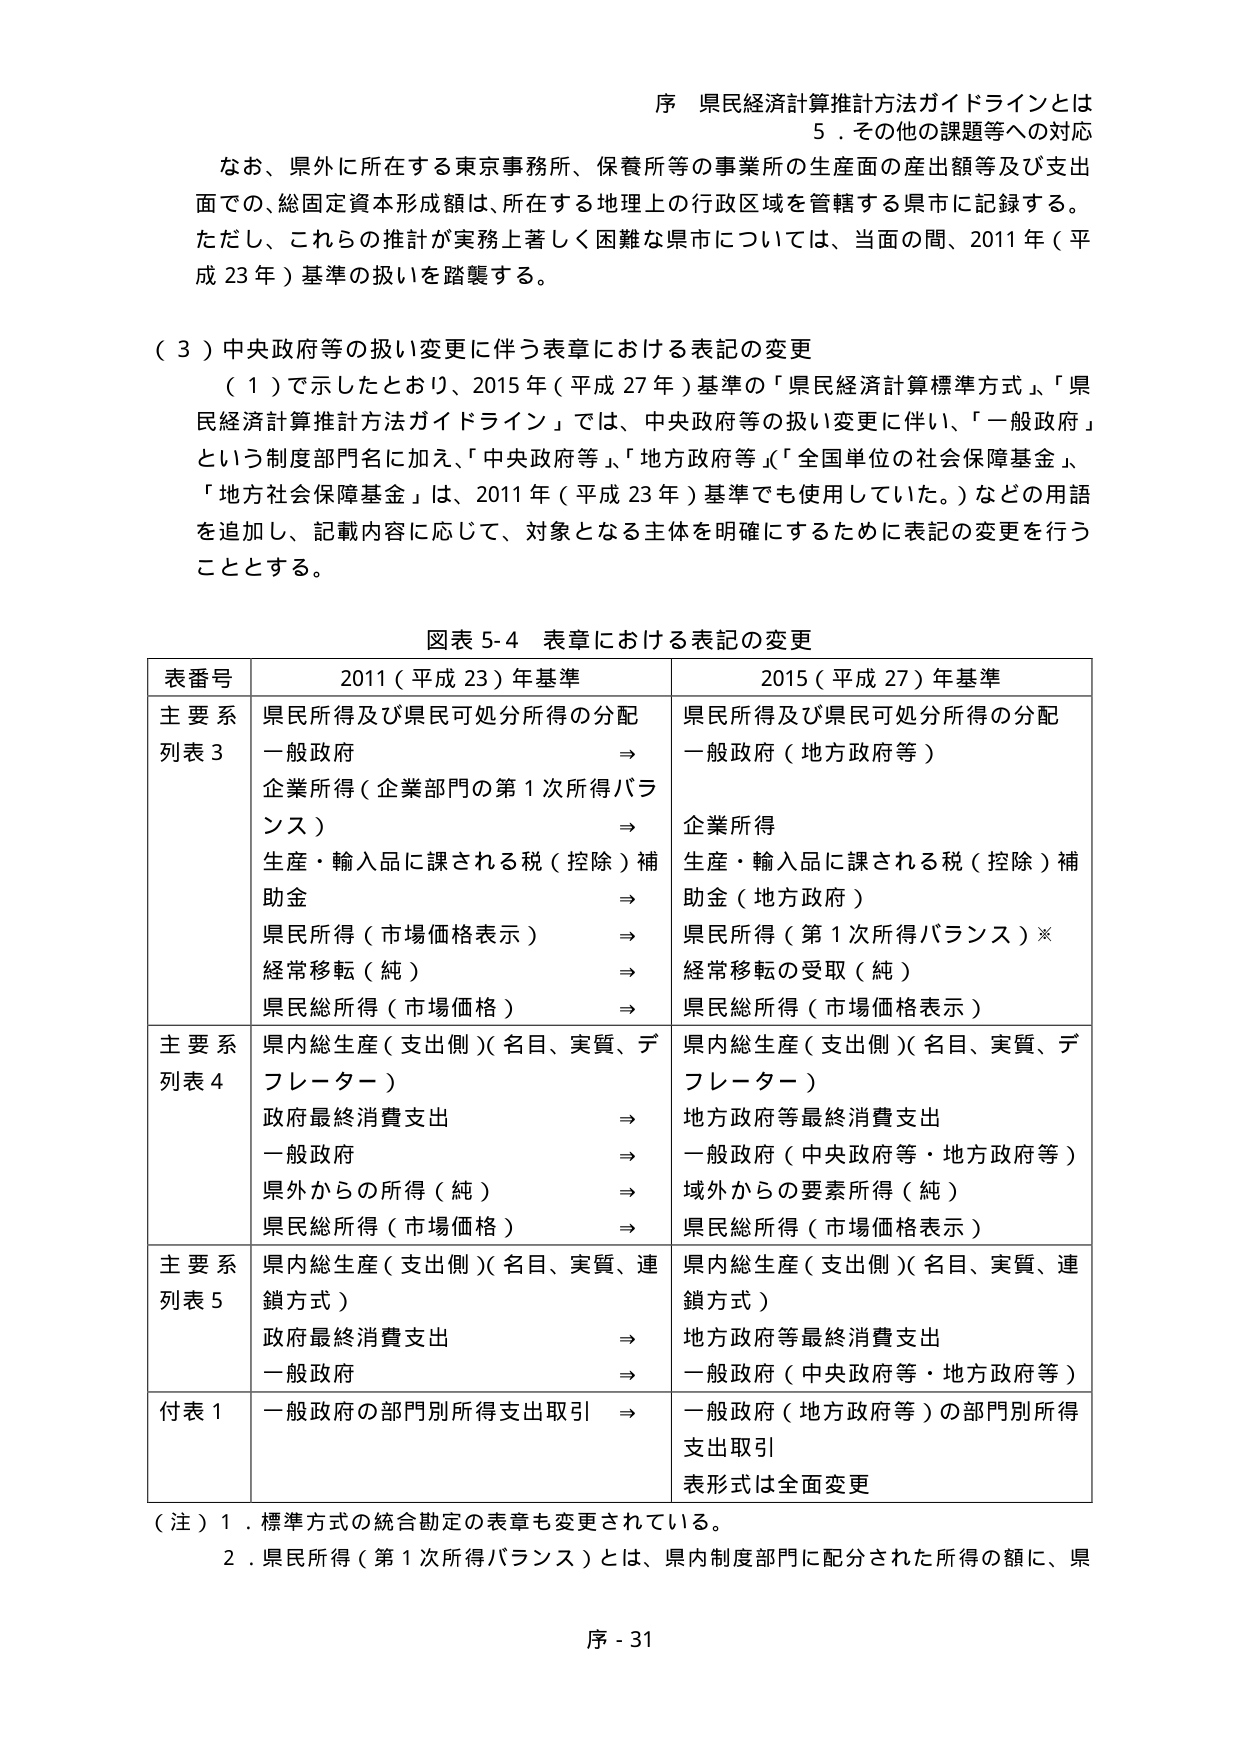
序 県民経済計算推計方法ガイドラインとは
5．その他の課題等への対応

なお、県外に所在する東京事務所、保養所等の事業所の生産面の産出額等及び支出面での、総固定資本形成額は、所在する地理上の行政区域を管轄する県市に記録する。
ただし、これらの推計が実務上著しく困難な県市については、当面の間、2011年（平成23年）基準の扱いを踏襲する。

（３）中央政府等の扱い変更に伴う表章における表記の変更
（１）で示したとおり、2015年（平成27年）基準の「県民経済計算標準方式」、「県民経済計算推計方法ガイドライン」では、中央政府等の扱い変更に伴い、「一般政府」という制度部門名に加え、「中央政府等」、「地方政府等」、「全国単位の社会保障基金」、「地方社会保障基金」は、2011年（平成23年）基準でも使用していた。）などの用語を追加し、記載内容に応じて、対象となる主体を明確にするために表記の変更を行うこととする。

図表5-4 表章における表記の変更

| 表番号 | 2011（平成23）年基準 | 2015（平成27）年基準 |
|---------|------------------------|------------------------|
| 主要系列表3 | 県民所得及び県民可処分所得の分配<br>一般政府 ⇒<br>企業所得（企業部門の第1次所得バランス） ⇒<br>生産・輸入品に課される税（控除）補助金 ⇒<br>県民所得（市場価格表示） ⇒<br>経常移転（純） ⇒<br>県民総所得（市場価格） ⇒ | 県民所得及び県民可処分所得の分配<br>一般政府（地方政府等）<br>企業所得<br>生産・輸入品に課される税（控除）補助金（地方政府）<br>県民所得（第1次所得バランス）※<br>経常移転の受取（純）<br>県民総所得（市場価格表示） |
| 主要系列表4 | 県内総生産（支出側）（名目、実質、デフレーター）<br>政府最終消費支出 ⇒<br>一般政府 ⇒<br>県外からの所得（純） ⇒<br>県民総所得（市場価格） ⇒ | 県内総生産（支出側）（名目、実質、デフレーター）<br>地方政府等最終消費支出<br>一般政府（中央政府等・地方政府等）<br>域外からの要素所得（純）<br>県民総所得（市場価格表示） |
| 主要系列表5 | 県内総生産（支出側）（名目、実質、連鎖方式）<br>政府最終消費支出 ⇒<br>一般政府 ⇒ | 県内総生産（支出側）（名目、実質、連鎖方式）<br>地方政府等最終消費支出<br>一般政府（中央政府等・地方政府等） |
| 付表1 | 一般政府の部門別所得支出取引 ⇒ | 一般政府（地方政府等）の部門別所得支出取引<br>表形式は全面変更 |

（注）1．標準方式の統合勘定の表章も変更されている。
2．県民所得（第1次所得バランス）とは、県内制度部門に配分された所得の額に、県

序 - 31